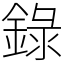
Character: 錄